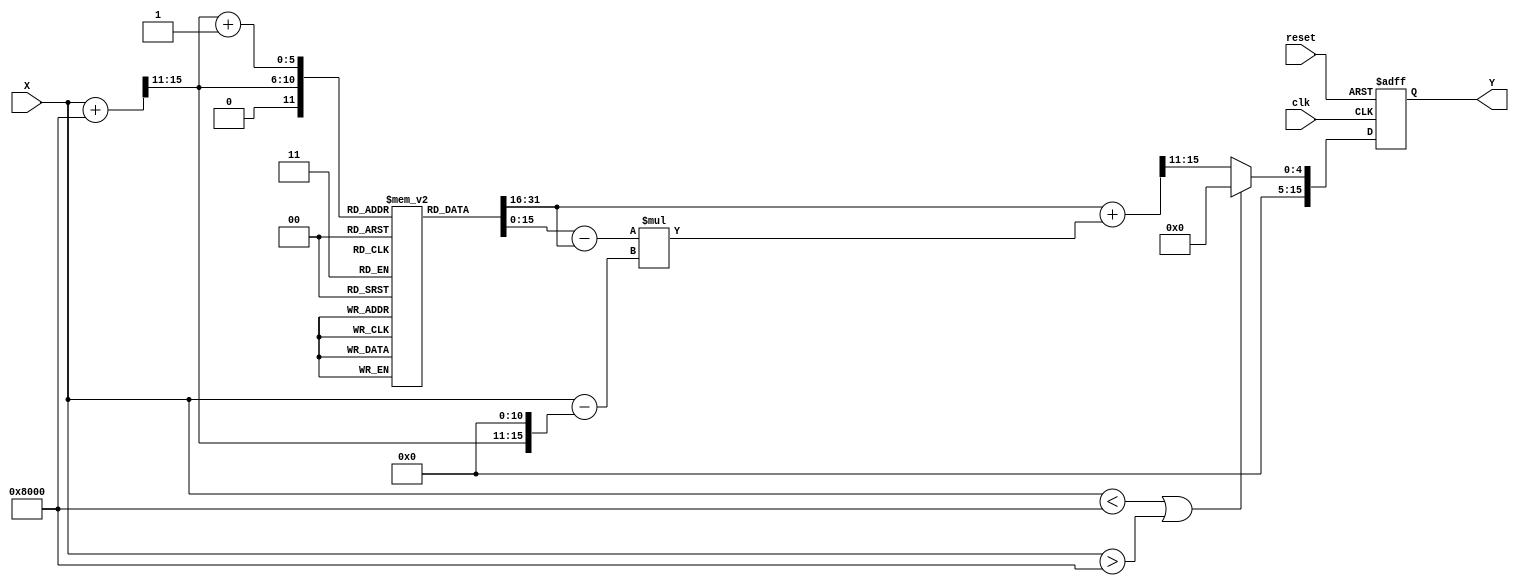
module asin_block (
    input wire clk,
    input wire reset,
    input wire signed [15:0] X,  // Input: fixed-point sine value in Q1.15 format
    output reg signed [15:0] Y    // Output: fixed-point angle in radians in Q1.15 format
);

    // Lookup table for asin values (pre-computed for discrete values)
    reg signed [15:0] asin_lut [0:32]; // LUT for asin values
    initial begin
        // Populate the LUT with pre-computed asin values (in Q1.15 format)
        asin_lut[0] = 16'd0;          // asin(0) = 0
        asin_lut[1] = 16'd16384;      // asin(0.5) = /6
        asin_lut[2] = 16'd32768;      // asin(1) = /2
        // Add more values as needed...
        // Note: Values should be scaled to Q1.15 format
        // Example: asin(-0.5) = -/6 = -16384 in Q1.15
        asin_lut[31] = -16'd16384;    // asin(-0.5)
        asin_lut[32] = -16'd32768;    // asin(-1) = -/2
    end

    // Internal signals
    reg signed [15:0] lut_value1, lut_value2; // LUT values for interpolation
    reg signed [15:0] interp_value;           // Interpolated value
    reg [5:0] index;                          // LUT index
    reg [5:0] next_index;                     // Next LUT index
    reg signed [15:0] delta;                  // Difference for interpolation
    reg signed [15:0] fraction;               // Fractional part for interpolation

    // State machine for processing
    always @(posedge clk or posedge reset) begin
        if (reset) begin
            Y <= 16'd0; // Reset output to 0
        end else begin
            // Input validation
            if (X < -16'd32768 || X > 16'd32768) begin
                Y <= 16'd0; // Output NaN or predefined value for out of range
            end else begin
                // Calculate index for LUT
                index = (X + 16'd32768) >> 11; // Scale input to [0, 32]
                next_index = index + 1;

                // Get LUT values
                lut_value1 = asin_lut[index];
                lut_value2 = asin_lut[next_index];

                // Calculate fractional part for interpolation
                fraction = (X - (index << 11)); // Scale back to fixed-point
                delta = lut_value2 - lut_value1; // Difference between LUT values

                // Linear interpolation
                interp_value = lut_value1 + (delta * fraction) >> 11; // Scale back to fixed-point

                // Assign interpolated value to output
                Y <= interp_value;
            end
        end
    end

endmodule